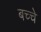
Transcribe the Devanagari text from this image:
बच्चे